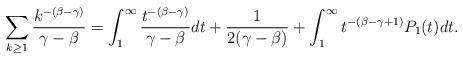
LaTeX: \begin{align*} \sum_{k\ge 1}\frac{k^{-(\beta-\gamma)}}{\gamma-\beta} = \int_1^\infty \frac{t^{-(\beta-\gamma)}}{\gamma-\beta} dt + \frac{1}{2(\gamma-\beta)} + \int_1^\infty t^{-(\beta-\gamma+1)}P_1(t)dt.\end{align*}